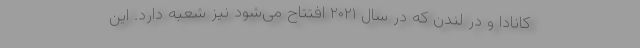
کانادا و در لندن که در سال ۲۰۲۱ افتتاح می‌شود نیز شعبه دارد. این